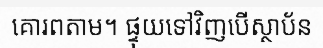
គោរពតាម។ ផ្ទុយទៅវិញបើស្ថាប័ន